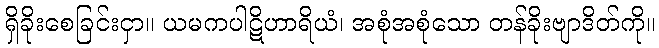
ရှိခိုးစေခြင်းငှာ။ ယမကပါဋိဟာရိယံ၊ အစုံအစုံသော တန်ခိုးဗျာဒိတ်ကို။